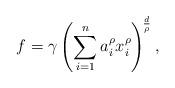
LaTeX: \begin{align*} f=\gamma \left(\sum_{i=1}^{n}a_{i}^{\rho}x_{i}^{\rho}\right)^{\! \frac{d}{\rho}},\end{align*}